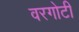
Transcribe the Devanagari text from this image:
वरगोटी